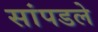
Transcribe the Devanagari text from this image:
सांपडले